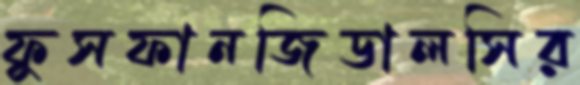
ফুসফানজিডালসির